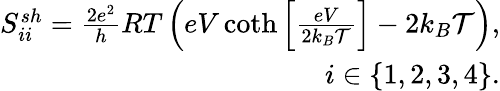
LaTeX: \begin{array}{r}{S_{ii}^{sh}=\frac{2e^{2}}{h}RT\left(eV\coth\left[\frac{eV}{2k_{B}\mathcal{T}}\right]-2k_{B}\mathcal{T}\right),}\\ {i\in\{ 1,2,3,4\} .}\end{array}